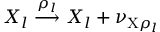
X _ { l } \overset { \rho _ { l } } \longrightarrow X _ { l } + \nu _ { \mathrm { X } \rho _ { l } }